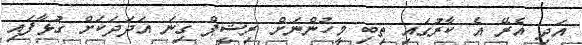
އަދި އެރޭ އެ ކާރުގައި ތިބި މީހުންނަށް ރިޝީޕް ގިނަ އަދަދަކަށް ގުޅާފައި